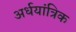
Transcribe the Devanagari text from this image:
अर्धयांत्रिक